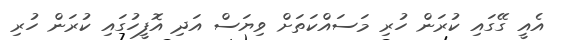
އެއީ ގޭގައި ކުރަން ހުރި މަސައްކަތަށް ވިޔަސް އަދި އޮފީހުގައި ކުރަން ހުރި